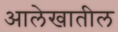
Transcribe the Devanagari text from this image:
आलेखातील